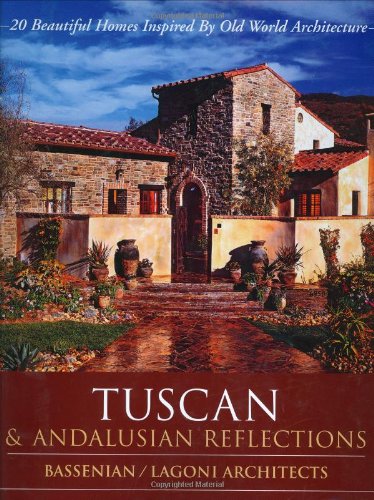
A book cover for Tuscan & Andalusian Reflections; Bassenian Lagoni Architects; Arts & Photography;